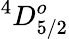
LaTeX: ^4D_{5/2}^{o}